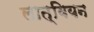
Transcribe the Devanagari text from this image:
लात्वियन